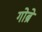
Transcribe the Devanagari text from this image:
गोब्रे